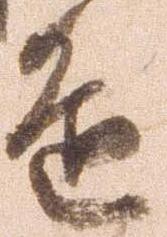
進